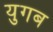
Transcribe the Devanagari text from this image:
युगब